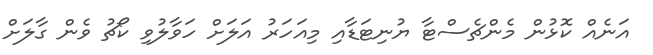
އަނެއް ކޮޅުން މެންޗެސްޓާ ޔުނިޓަޑާއި މިއަހަރު އަލަށް ހަވާލުވި ކޯޗު ވެން ގާލަށް